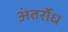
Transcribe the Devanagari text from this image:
अंतर्रोध